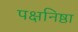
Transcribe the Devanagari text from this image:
पक्षनिष्ठा